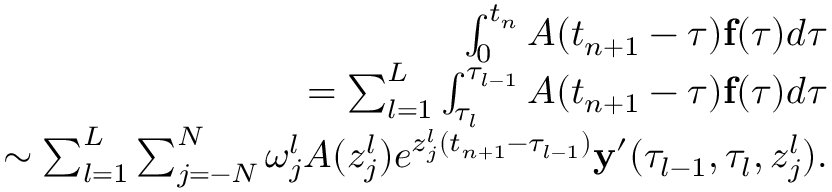
\begin{array} { r l r } & { } & { \int _ { 0 } ^ { t _ { n } } A ( t _ { n + 1 } - \tau ) { \bf f } ( \tau ) d \tau } \\ & { } & { = \sum _ { l = 1 } ^ { L } \int _ { \tau _ { l } } ^ { \tau _ { l - 1 } } A ( t _ { n + 1 } - \tau ) { \bf f } ( \tau ) d \tau } \\ & { } & { \sim \sum _ { l = 1 } ^ { L } \sum _ { j = - N } ^ { N } \omega _ { j } ^ { l } A ( z _ { j } ^ { l } ) e ^ { z _ { j } ^ { l } ( t _ { n + 1 } - \tau _ { l - 1 } ) } { \bf y } ^ { \prime } ( \tau _ { l - 1 } , \tau _ { l } , z _ { j } ^ { l } ) . } \end{array}